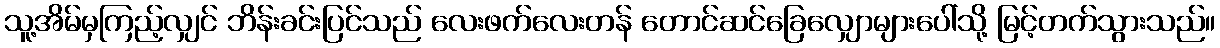
သူ့အိမ်မှကြည့်လျှင် ဘိန်းခင်းပြင်သည် လေးဖက်လေးတန် တောင်ဆင်ခြေလျှောများပေါ်သို့ မြင့်တက်သွားသည်။